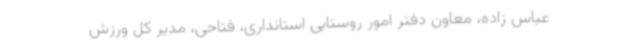
عباس زاده، معاون دفتر امور روستایی استانداری، فتاحی، مدیر کل ورزش